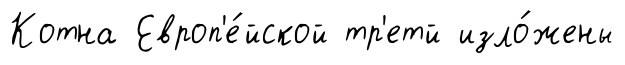
Котна Европ'е́йской тр'етй изло́жены